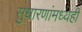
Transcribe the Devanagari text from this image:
सुधारणांमध्येही